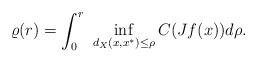
LaTeX: \begin{align*}\varrho(r) = \int_0^r \ \inf_{d_X(x,x^*)\leq \rho} C(Jf(x)) d\rho.\end{align*}